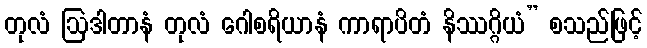
တုလံ ဩဒါတာနံ တုလံ ဂေါစရိယာနံ ကာရာပိတံ နိဿဂ္ဂိယံ” စသည်ဖြင့်